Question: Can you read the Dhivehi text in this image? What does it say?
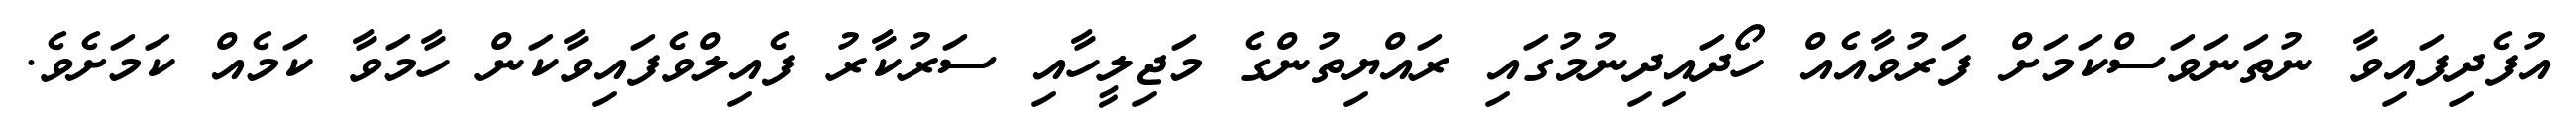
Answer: އުފެދިފައިވާ ނުތަނަވަސްކަމަށް ފަރުވާއެއް ހޯދައިދިނުމުގައި ރައްޔިތުންގެ މަޖިލީހާއި ސަރުކާރު ފެއިލްވެފައިވާކަން ހާމަވާ ކަމެއް ކަމަށެވެ.